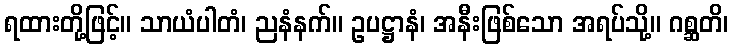
ရထားတို့ဖြင့်။ သာယံပါတံ၊ ညနံနက်။ ဥပဋ္ဌာနံ၊ အနီးဖြစ်သော အရပ်သို့။ ဂစ္ဆတိ၊